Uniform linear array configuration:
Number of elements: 4
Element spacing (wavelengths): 0.5
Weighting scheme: hann
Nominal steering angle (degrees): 30
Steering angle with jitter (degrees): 30.07
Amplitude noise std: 0.05
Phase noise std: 0.05

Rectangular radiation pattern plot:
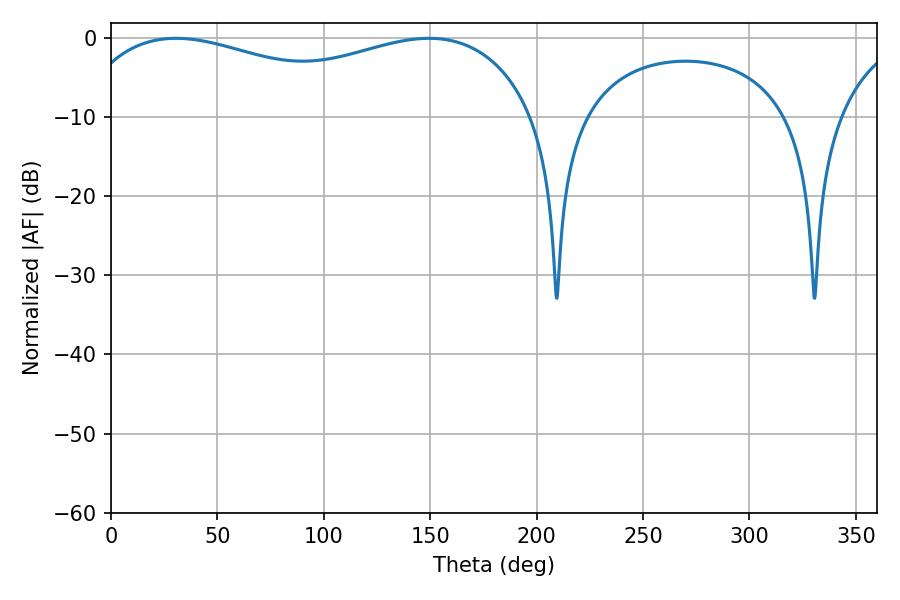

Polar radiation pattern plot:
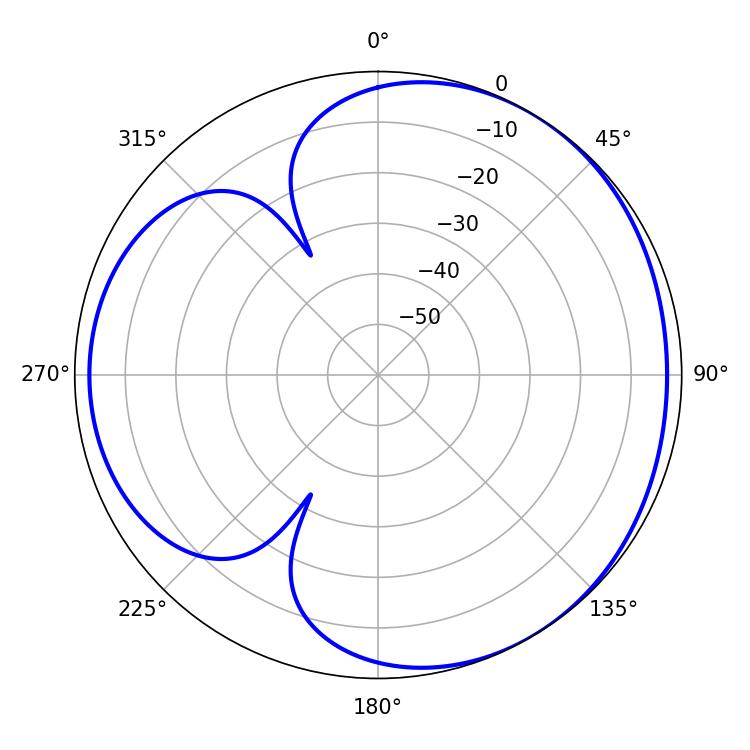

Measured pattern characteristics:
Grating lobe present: FALSE
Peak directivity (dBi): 3.5
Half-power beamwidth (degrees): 178.92
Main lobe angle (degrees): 30.6